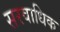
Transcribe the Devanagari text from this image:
सरवाधिक